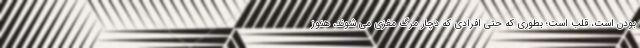
بودن است، قلب است؛ بطوری که حتی افرادی که دچار مرگ مغزی می شوند، هنوز